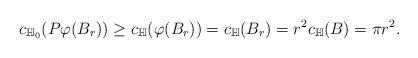
LaTeX: \begin{align*}c_{\mathbb{H}_0} (P \varphi(B_r)) \geq c_{\mathbb{H}}(\varphi(B_r)) = c_{\mathbb{H}}(B_r)= r^2 c_{\mathbb{H}}(B) = \pi r^2.\end{align*}